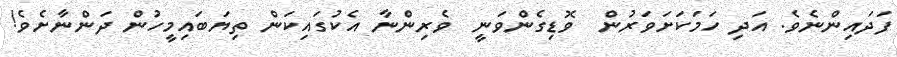
ފަދައިންނެވެ. އަދި ހަމަކަށަވަރުން  ވޮޑިގެންވަނީ  ވެރިންނާ އެކުގައިކަން ތިޔަބައިމީހުން ދަންނާށެވެ!